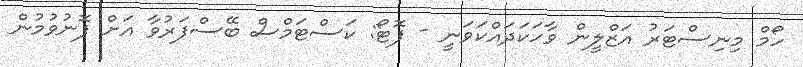
ހޯމް މިނިސްޓަރު އަޒްލީން ވާހަކަދައްކަވަނީ - ފޮޓޯ: ކަސްޓަމްސް ބޭސްފަރުވާ އަށް ފޮނުވުމުން